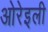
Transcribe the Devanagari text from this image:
ओरेइली